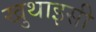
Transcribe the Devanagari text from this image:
खुथाइसी